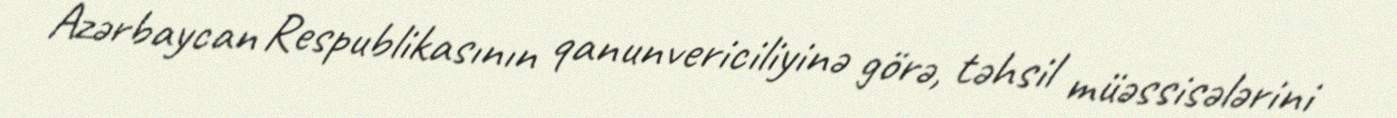
Azərbaycan Respublikasının qanunvericiliyinə görə, təhsil müəssisələrini